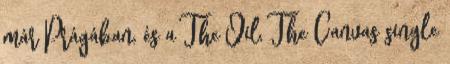
már Prágában, és a The Oil, The Canvas single